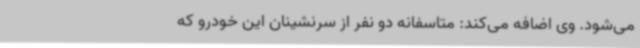
می‌شود. وی اضافه می‌کند: متاسفانه دو نفر از سرنشینان این خودرو که